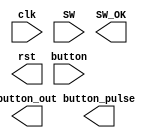
`timescale 1ns / 1ps

module Anti_jitter(
		input clk,	// 
		input [3:0] button,	// 
		input [7:0] SW,	// 
		output reg [3:0] button_out,	// 
		output reg [3:0] button_pulse,	// 
		output reg [7:0] SW_OK,	// button 
		output reg rst
	);
endmodule